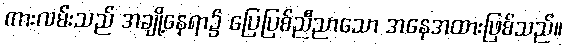
ကားလမ်းသည် အချို့နေရာ၌ ပြေပြစ်ညီညာသော အနေအထားဖြစ်သည်။